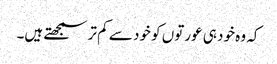
کہ وہ خود ہی عورتوں کو خود سے کم تر سمجھتے ہیں۔